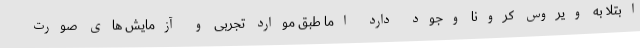
ابتلا به ویروس کرونا وجود دارد اما طبق موارد تجربی و آزمایش های صورت